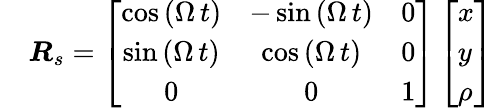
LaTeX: \begin{array}{rl}&{\boldsymbol R_{s}=\left[\begin{array}{ccc}{\cos\left(\Omega\, t\right)}&{-\sin\left(\Omega\, t\right)}&{0}\\ {\sin\left(\Omega\, t\right)}&{\cos\left(\Omega\, t\right)}&{0}\\ {0}&{0}&{1}\end{array}\right]\left[\begin{array}{l}{x}\\ {y}\\ {\rho}\end{array}\right]}\end{array}